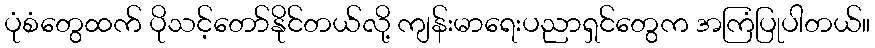
ပုံစံတွေထက် ပိုသင့်တော်နိုင်တယ်လို့ ကျန်းမာရေးပညာရှင်တွေက အကြံပြုပါတယ်။